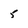
Character: 5